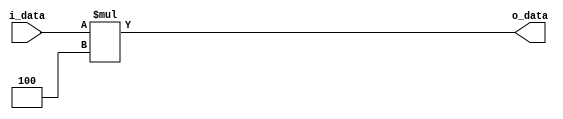
module shiftLeftBy2(i_data, o_data);
parameter WIDTH = 32;
input   [WIDTH-1:0]   i_data;
output  [WIDTH-1:0]   o_data;
  assign o_data = i_data * 4;
endmodule